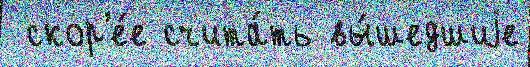
 скор'е́е счита́ть вы́шедшиjе